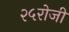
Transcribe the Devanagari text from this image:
२५रोजी